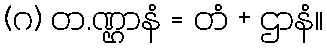
(ဂ) တ.ဏ္ဌာနံ = တံ + ဌာနံ။